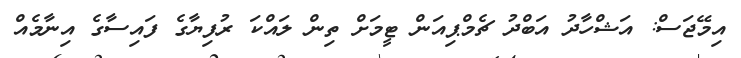
އިމޭޖަސް: އަޝްހާދު އަބްދު ޗެމްޕިއަން ޓީމަށް ތިން ލައްކަ ރުފިޔާގެ ފައިސާގެ އިނާމެއް